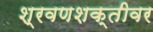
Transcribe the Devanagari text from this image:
श्रवणशक्तीवर